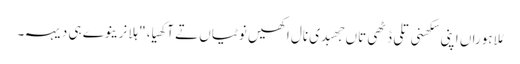
مُلا ہوراں اپنی سکھنی تلی ڈٹھی تاں جھبدی نال اکھیں نوٹیاں تے آکھیا، "ہلا نرینوے ہی دیہہ۔